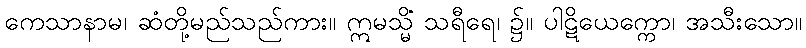
ကေသာနာမ၊ ဆံတို့မည်သည်ကား။ ဣမသ္မိံ သရီရေ၊ ၌။ ပါဋိယေက္ကော၊ အသီးသော။